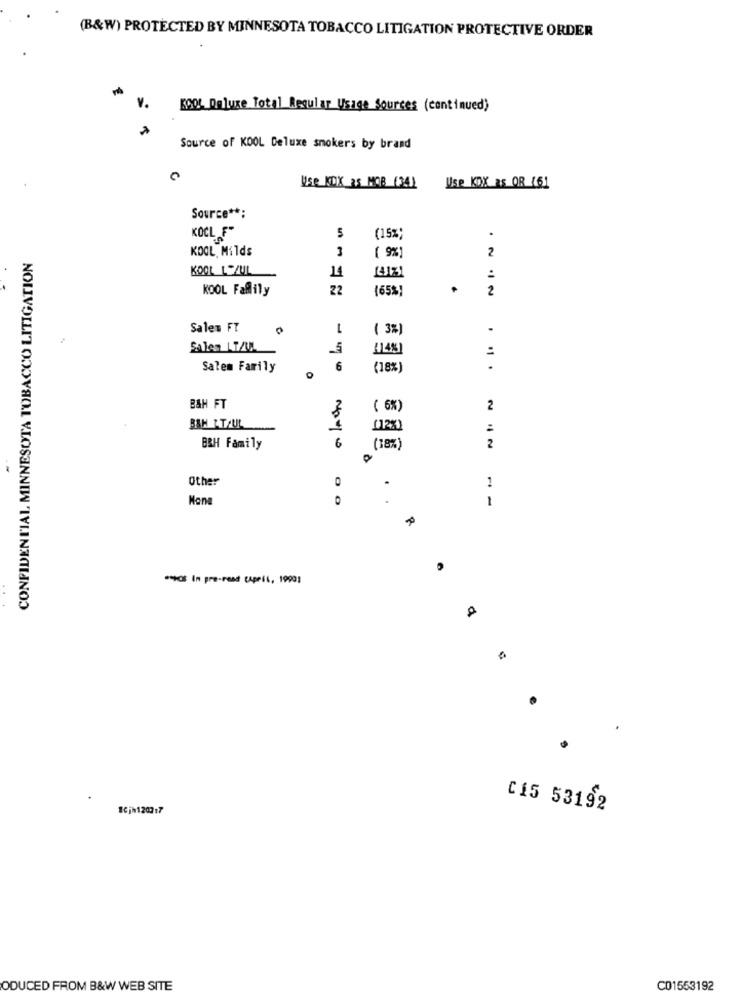
(B&W) PROTECTED BY MINNESOTA TOBACCO LITIGATION PROTECTIVE ORDER
V.
KOOL Deluxe Total Regular Usage Sources (continued)
Source of KOOL Deluxe smokers by brand
Use KOK as MOB (34)
Use KDX as OR (61
Source **;
5
.
KOCL F"
(15%)
KOOL, Milds
3
2
CONFIDENTIAL MINNESOTA TOBACCO LITIGATION
( 9%)
KOOL LOZUL
14
:
KOOL Faflily
22
(65%)
2
Salem FT
( 3%)
Sales LT/UL
1143]
Salem Family
6
(18%)
...
O
B&H FT
( 6%)
2
BAH TTAUL
(12%)
B&H Family
6
(18%)
2
Other
1
Mone
1
***** In pre-read cApril, 1990]
10jh120217
C15 53192
ODUCED FROM B&W WEB SITE
C01553192